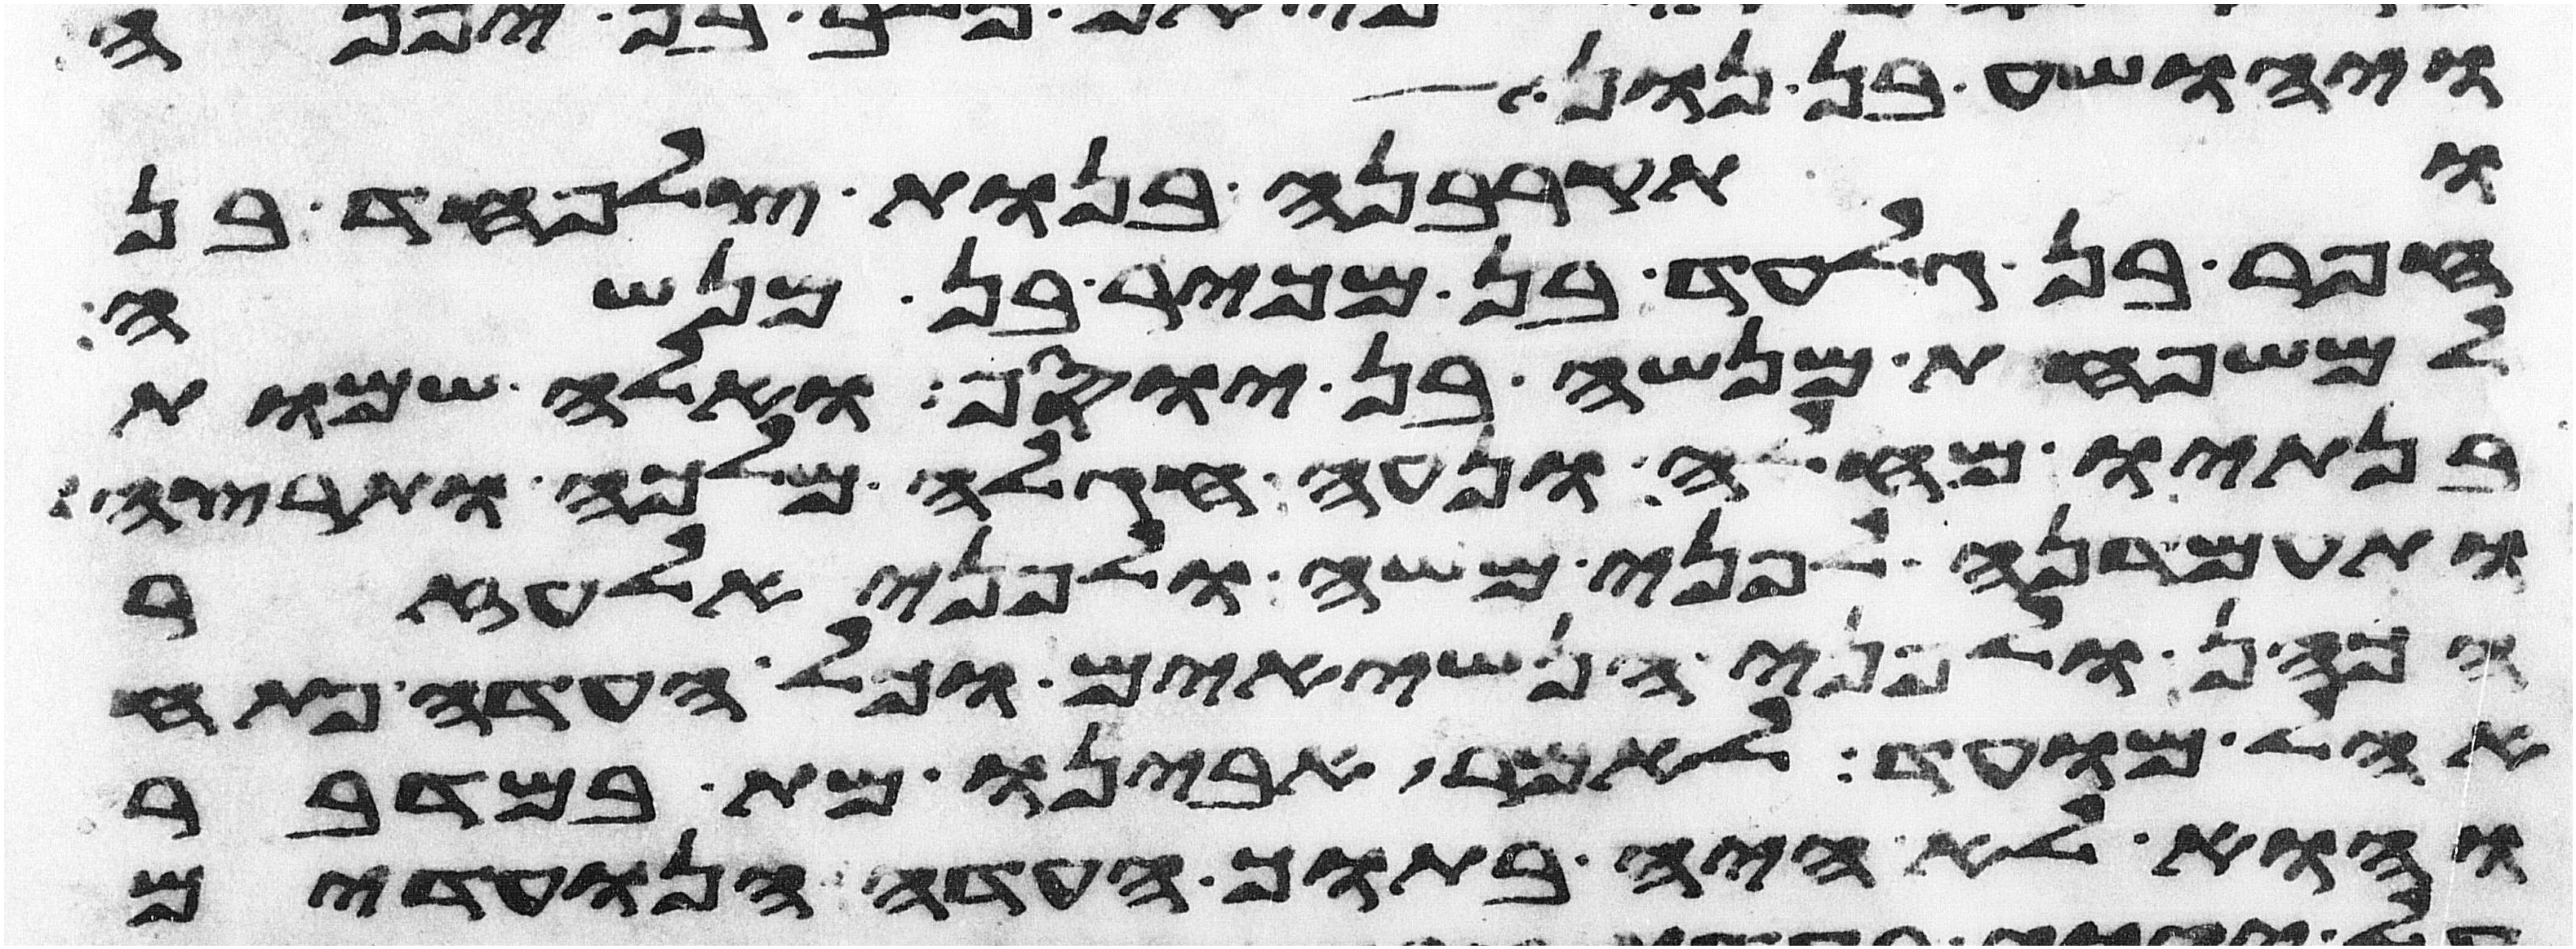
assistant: ויהושע בן נון
ותקרבנה בנות צלפחד בן
חפר בן גלעד בן מכיר בן מנשה
למשפחות מנשה בן יוסף ואלה שמות
בנתיו מחלה ונעה חגלה מלכה ותרצה
ותעמדנה לפני משה ולפני אלעזר
הכהן ולפני הנשיאים וכל העדה פתח
אהל מועד לאמר אבינו מת במדבר
והוא לא היה בתוך העדה הנועדים